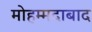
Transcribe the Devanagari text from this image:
मोहम्‍मदाबाद